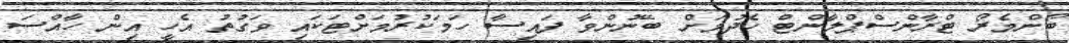
ބޯންމެރޯ ޓްރާންސްޕްލާންޓް ހެދުމަށް ބޭނުންވާ ފައިސާ ހަމަކުރުމަށްޓަކައި ވަގުތު އެހީ އިން ހާއްސަ